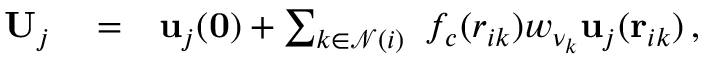
\begin{array} { r l r } { { \bf U } _ { j } } & { { } = } & { { \bf u } _ { j } ( { \bf 0 } ) + \sum _ { k \in \mathcal { N } ( i ) } ~ f _ { c } ( r _ { i k } ) w _ { \nu _ { k } } { \bf u } _ { j } ( { \bf r } _ { i k } ) \, , } \end{array}